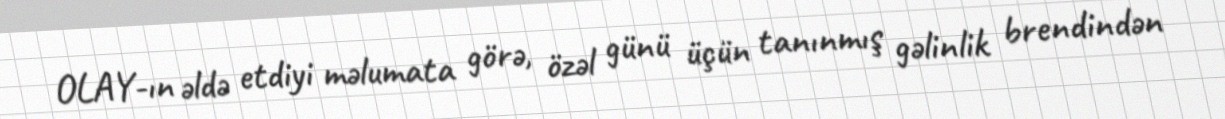
OLAY-ın əldə etdiyi məlumata görə, özəl günü üçün tanınmış gəlinlik brendindən